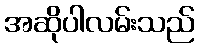
အဆိုပါလမ်းသည်